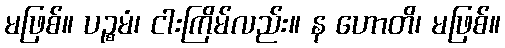
မဖြစ်။ ပဉ္စမံ၊ ငါးကြိမ်လည်း။ န ဟောတိ၊ မဖြစ်။